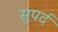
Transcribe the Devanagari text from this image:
सुपर्द